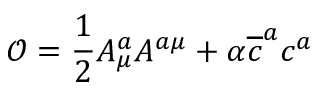
\mathcal { O } = \frac { 1 } { 2 } A _ { \mu } ^ { a } A ^ { a \mu } + \alpha \overline { { { c } } } ^ { a } c ^ { a }